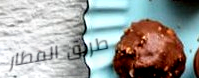
طريق المطار